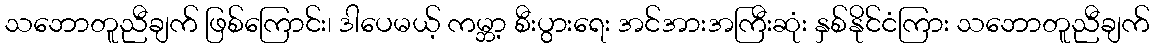
သဘောတူညီချက် ဖြစ်ကြောင်း၊ ဒါပေမယ့် ကမ္ဘာ့ စီးပွားရေး အင်အားအကြီးဆုံး နှစ်နိုင်ငံကြား သဘောတူညီချက်